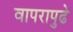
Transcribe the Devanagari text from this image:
वापरापुढे